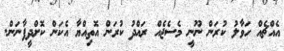
އެއްޗެއް ހަވާލު ކުރަން ނޫނީ މެސެޖެއް ރައްދު ކުރަން އޮތިއްޔާ އެކަން ކޮށްދީފާނަން.